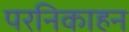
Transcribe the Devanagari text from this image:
परनिकाहन